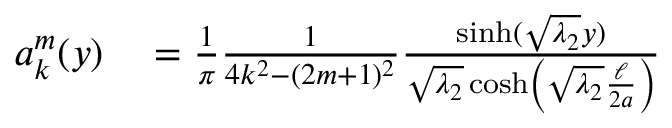
\begin{array} { r l } { a _ { k } ^ { m } ( y ) } & { { } = \frac { 1 } { \pi } \frac { 1 } { 4 k ^ { 2 } - ( 2 m + 1 ) ^ { 2 } } \frac { \sinh ( \sqrt { \lambda _ { 2 } } y ) } { \sqrt { \lambda _ { 2 } } \cosh \left( \sqrt { \lambda _ { 2 } } \frac { \ell } { 2 a } \right) } } \end{array}